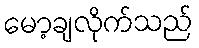
မော့ချလိုက်သည်